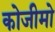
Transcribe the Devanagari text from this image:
कोजीमो